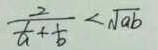
\frac { 2 } { \frac { 1 } { a } + \frac { 1 } { b } } < \sqrt { a b }